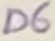
Text: D6